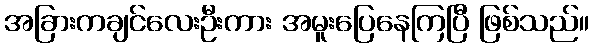
အခြားကချင်လေးဦးကား အမူးပြေနေကြပြီ ဖြစ်သည်။